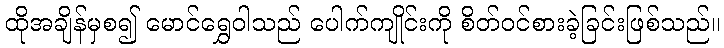
ထိုအချိန်မှစ၍ မောင်ရွှေဝါသည် ပေါက်ကျိုင်းကို စိတ်ဝင်စားခဲ့ခြင်းဖြစ်သည်။